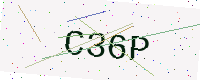
Text: C36P